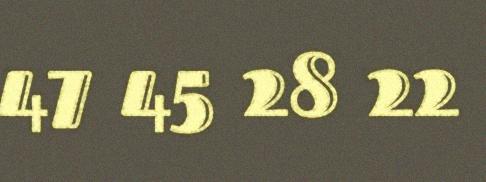
47 45 28 22